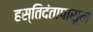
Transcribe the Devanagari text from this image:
हस्तिदंतापासून